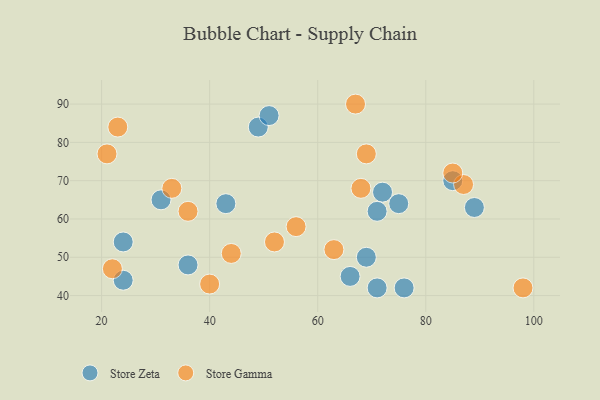
{"axis": {"x": "GDP", "y": "Life Expectancy"}, "legend": ["Store Gamma", "Store Zeta"], "data": [{"x": "31", "y": 65, "type": "Store Zeta"}, {"x": "71", "y": 42, "type": "Store Zeta"}, {"x": "72", "y": 67, "type": "Store Zeta"}, {"x": "89", "y": 63, "type": "Store Zeta"}, {"x": "76", "y": 42, "type": "Store Zeta"}, {"x": "85", "y": 70, "type": "Store Zeta"}, {"x": "36", "y": 48, "type": "Store Zeta"}, {"x": "49", "y": 84, "type": "Store Zeta"}, {"x": "71", "y": 62, "type": "Store Zeta"}, {"x": "24", "y": 54, "type": "Store Zeta"}, {"x": "75", "y": 64, "type": "Store Zeta"}, {"x": "66", "y": 45, "type": "Store Zeta"}, {"x": "69", "y": 50, "type": "Store Zeta"}, {"x": "43", "y": 64, "type": "Store Zeta"}, {"x": "24", "y": 44, "type": "Store Zeta"}, {"x": "51", "y": 87, "type": "Store Zeta"}, {"x": "56", "y": 58, "type": "Store Gamma"}, {"x": "33", "y": 68, "type": "Store Gamma"}, {"x": "21", "y": 77, "type": "Store Gamma"}, {"x": "23", "y": 84, "type": "Store Gamma"}, {"x": "40", "y": 43, "type": "Store Gamma"}, {"x": "69", "y": 77, "type": "Store Gamma"}, {"x": "52", "y": 54, "type": "Store Gamma"}, {"x": "98", "y": 42, "type": "Store Gamma"}, {"x": "22", "y": 47, "type": "Store Gamma"}, {"x": "87", "y": 69, "type": "Store Gamma"}, {"x": "67", "y": 90, "type": "Store Gamma"}, {"x": "36", "y": 62, "type": "Store Gamma"}, {"x": "63", "y": 52, "type": "Store Gamma"}, {"x": "68", "y": 68, "type": "Store Gamma"}, {"x": "44", "y": 51, "type": "Store Gamma"}, {"x": "85", "y": 72, "type": "Store Gamma"}]}